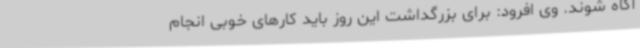
آگاه شوند. وی افرود: برای بزرگداشت این روز باید کارهای خوبی انجام